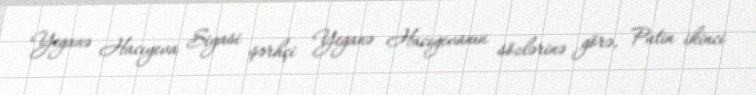
Yeganə Hacıyeva Siyasi şərhçi Yeganə Hacıyevanın sözlərinə görə, Putin ikinci